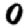
Digit: 0